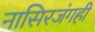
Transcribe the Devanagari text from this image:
नासिरजंगही